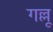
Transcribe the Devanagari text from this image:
गल्लू